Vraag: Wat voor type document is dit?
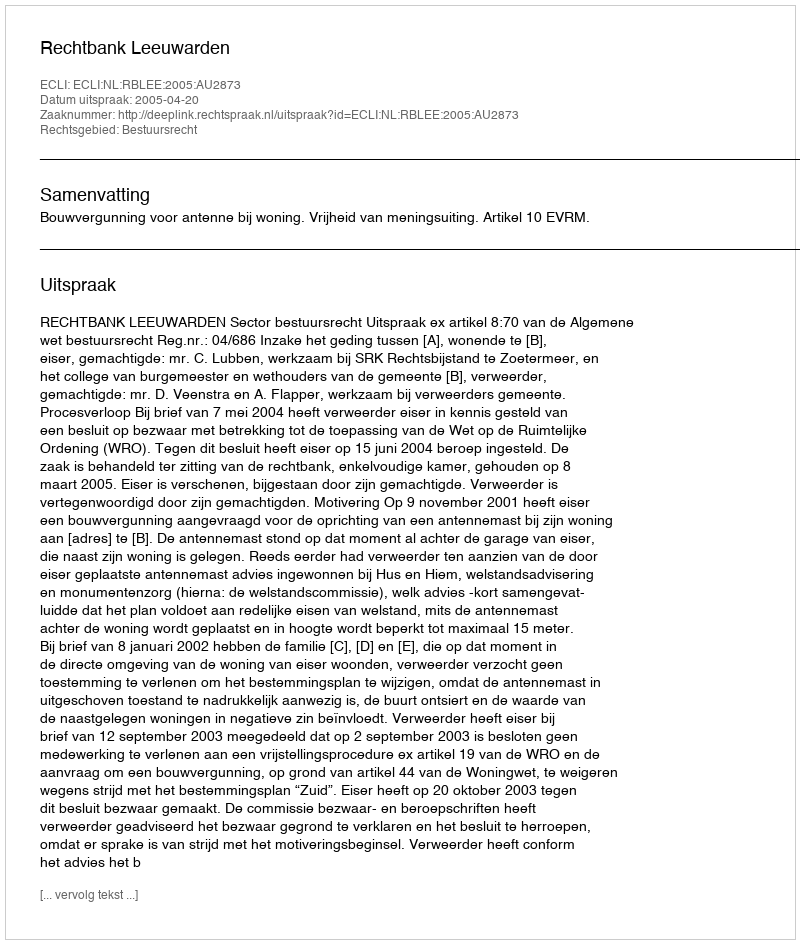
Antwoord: Uitspraak